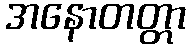
အနောတတ္တာ